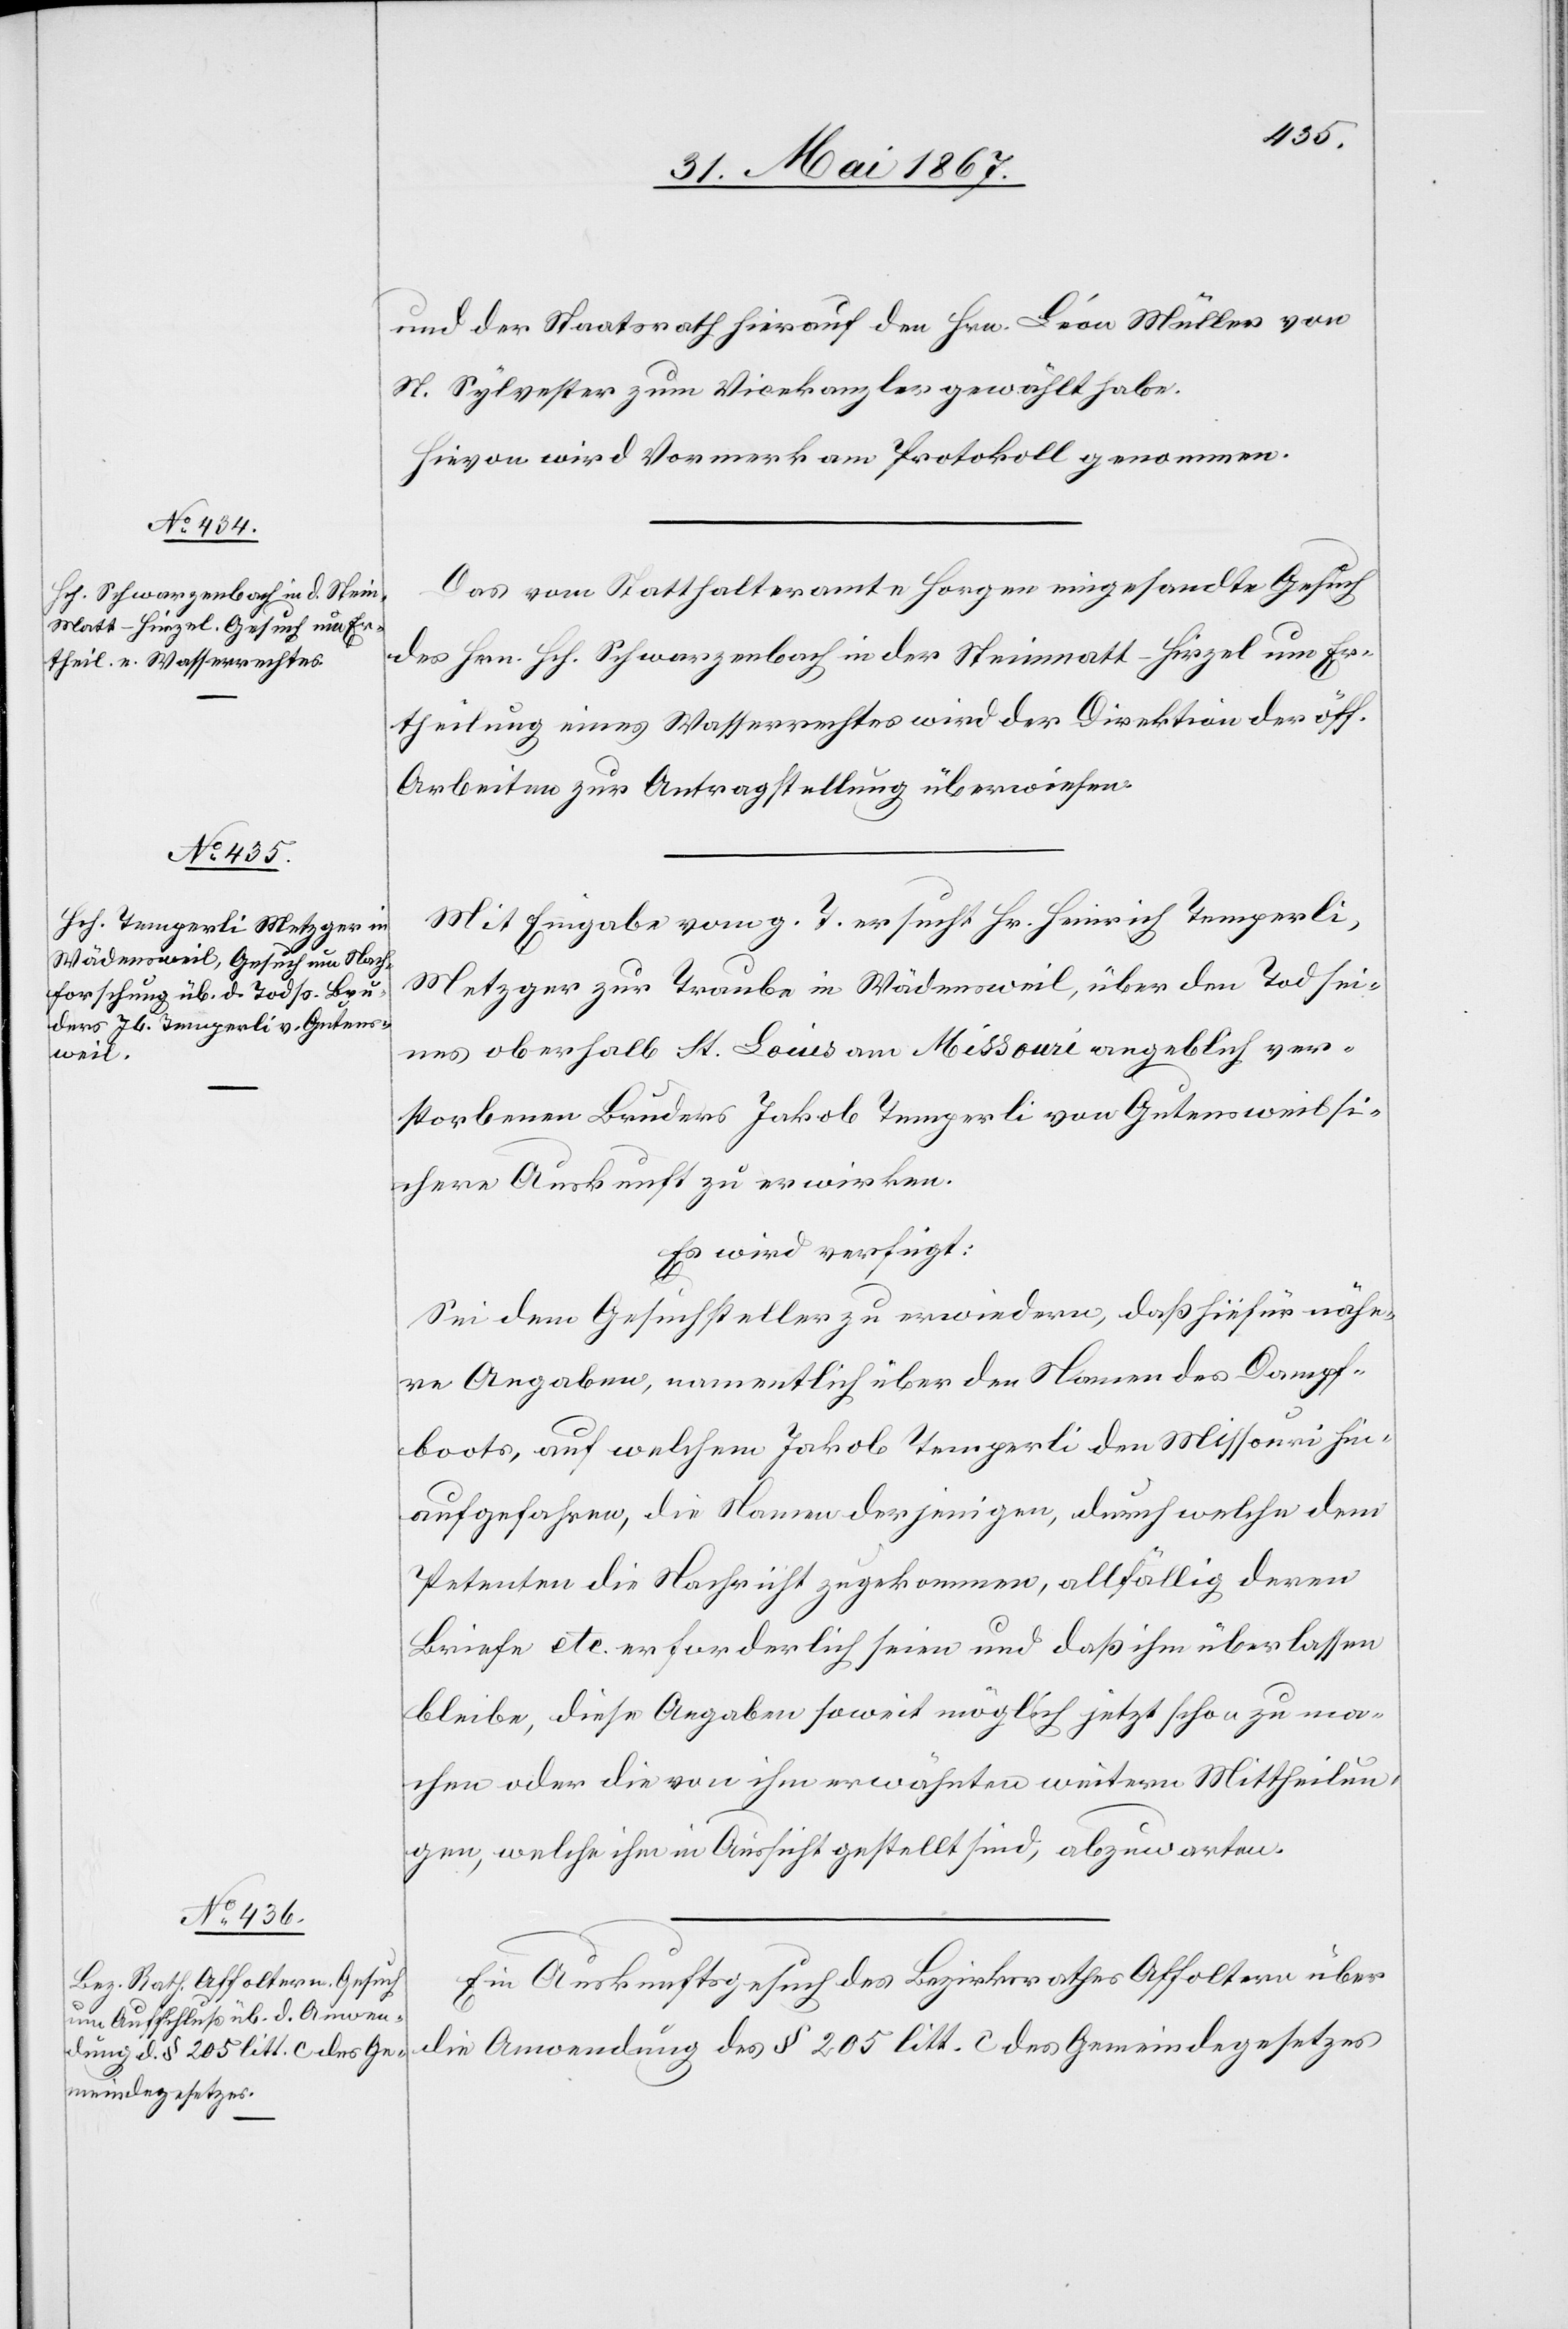
7. Juni 1867.]
und der Staatsrath hierauf den Hrn. Léon Müller von
St. Sylvester zum Vicekanzler gewählt habe.
Hievon wird Vormerk am Protokoll genommen.
Das vom Statthalteramte Horgen eingesandte Gesuch
des Hrn. Hch. Schwarzenbach in der Steinmatt-Hirzel um Er¬
theilung eines Wasserrechtes wird der Direktion der öff.
Arbeiten zur Antragstellung überwiesen.
Mit Eingabe vom g. T. ersucht Hr. Heinrich Temperli,
Metzger zur Traube in Wädensweil, über den Tod sei¬
nes oberhalb St. Louis am Missouri angeblich ver¬
storbenen Bruders Jakob Temperli von Gutensweil si¬
chere Auskunft zu erwirken.
Es wird verfügt:
Sei dem Gesuchsteller zu erwiedern, daß hiefür nähe¬
re Angaben, namentlich über den Namen des Dampf¬
boots, auf welchem Jakob Temperli den Missouri hin¬
aufgefahren, die Namen derjenigen, durch welche dem
Petenten die Nachricht zugekommen, allfällig deren
Briefe etc. erforderlich seien und daß ihm überlassen
bleibe, diese Angaben soweit möglich jetzt schon zu ma¬
chen oder die von ihm erwähnten weitern Mittheilun¬
gen, welche ihm in Aussicht gestellt sind, abzuwarten.
Ein Auskunftsgesuch des Bezirksrathes Affoltern über
die Anwendung des § 205 litt. c des Gemeindegesetzes